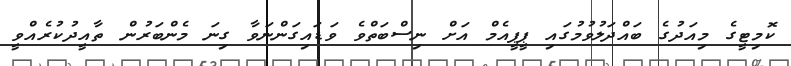
ކޮމިޓީގެ މިއަދުގެ ބައްދަލުވުމުގައި ޕީޕީއެމް އަށް ނިސްބަތްވެ ވަޑައިގަންނަވާ ގިނަ މެންބަރުން ތާއީދުކުރެއްވީ